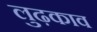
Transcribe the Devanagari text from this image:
लुढ़काव